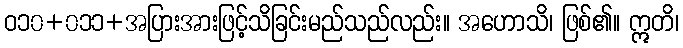
ဝ၁၀+၀၁၁+အပြားအားဖြင့်သိခြင်းမည်သည်လည်း။ အဟောသိ၊ ဖြစ်၏။ ဣတိ၊